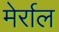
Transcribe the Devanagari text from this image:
मेर्राल